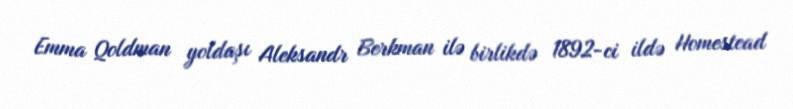
Emma Qoldman yoldaşı Aleksandr Berkman ilə birlikdə 1892-ci ildə Homestead